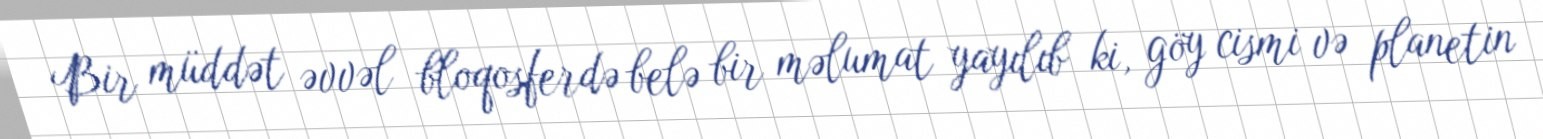
Bir müddət əvvəl bloqosferdə belə bir məlumat yayılıb ki, göy cismi və planetin